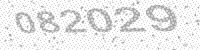
Solution: 082029